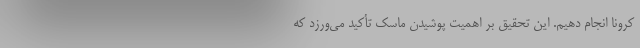
کرونا انجام دهیم. این تحقیق بر اهمیت پوشیدن ماسک تأکید می‌ورزد که